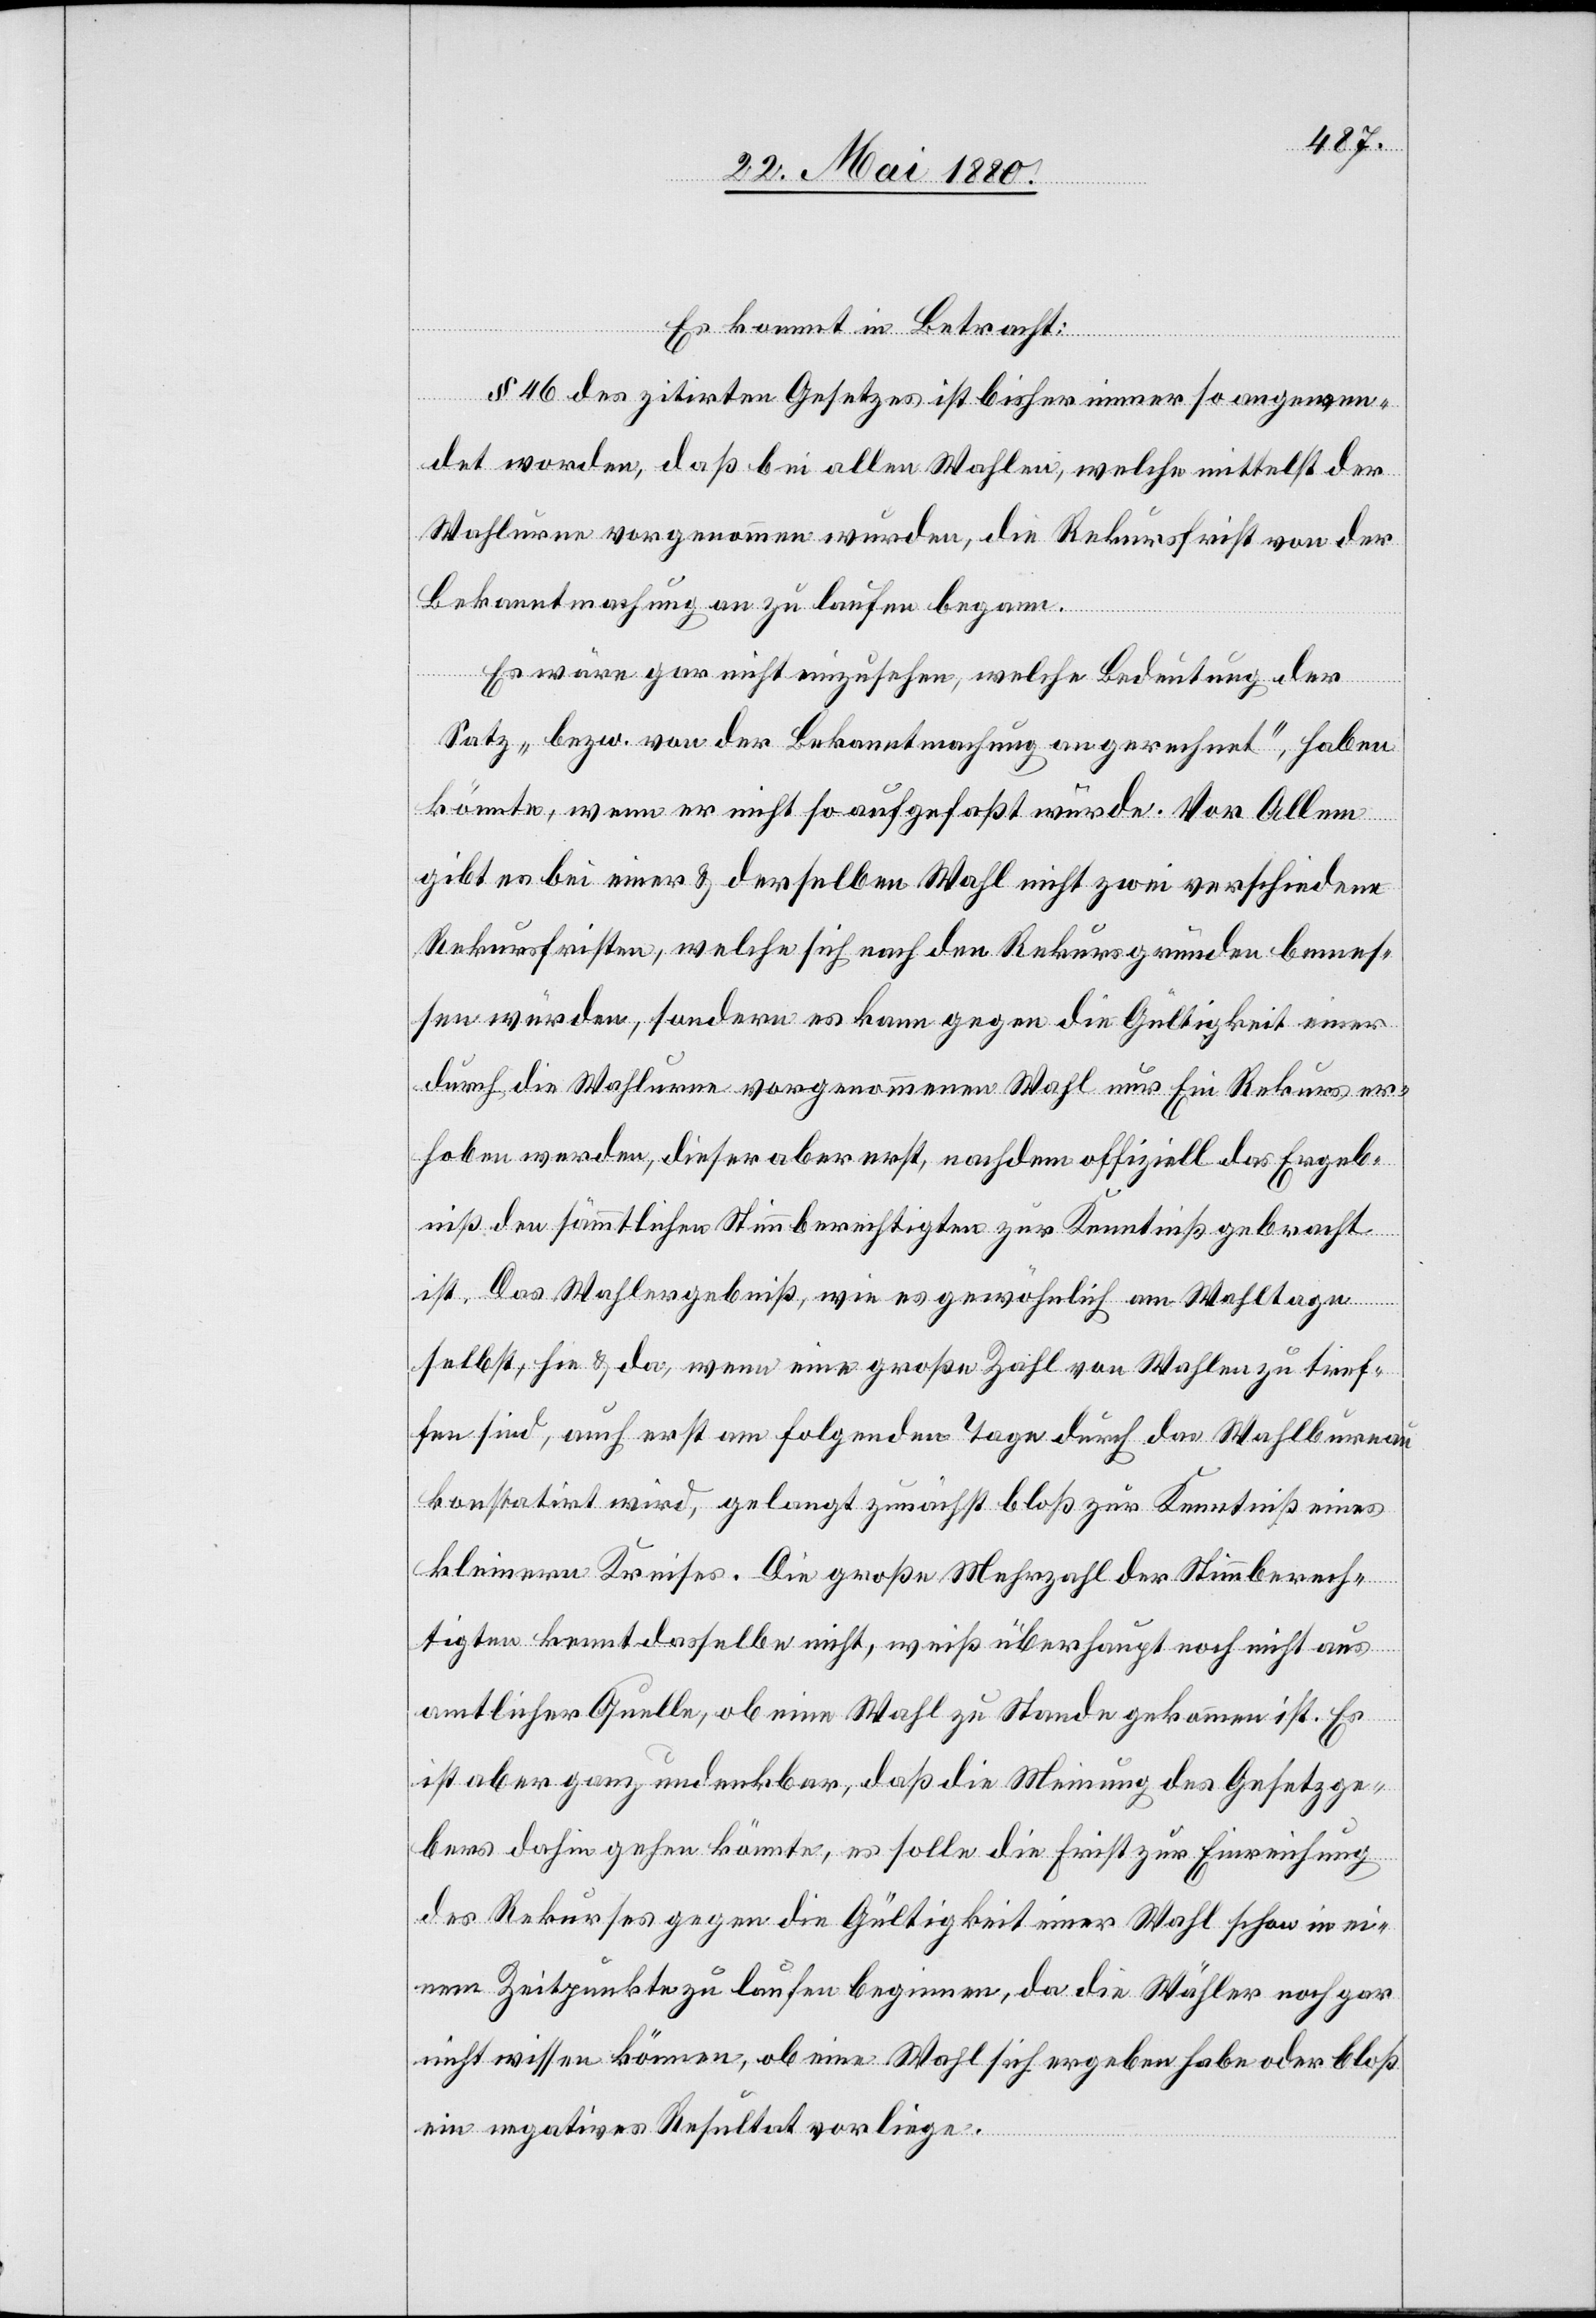
Es kommt in Betracht:
§ 46 des zitirten Gesetzes ist bisher immer so angenom¬
men worden, daß bei allen Wahlen, welche mittelst der
Wahlurne vorgenommen wurden, die Rekursfrist von der
Bekanntmachung an zu laufen begann.
Es wäre gar nicht einzusehen, welche Bedeutung der
Satz „bezw. von der Bekanntmachung an gerechnet“, haben
könnte, wenn er nicht so aufgefaßt würde. Vor Allem
gibt es bei einer & derselben Wahl nicht zwei verschiedene
Rekursfristen, welche sich nach den Rekursgründen bemes¬
sen würden, sondern es kann gegen die Gültigkeit einer
durch die Wahlurne vorgenommenen Wahl nur Ein Rekurs er¬
hoben werden, dieser aber erst, nachdem offiziell das Ergeb¬
niß den sämmtlichen Stimmberechtigten zur Kenntniß gebracht
ist. Das Wahlergebniß, wie es gewöhnlich am Wahltage
selbst, hie & da, wenn eine große Zahl von Wahlen zu tref¬
fen sind, auch erst am folgenden Tage durch das Wahlbureau
konstatirt wird, gelangt zunächst bloß zur Kenntniß eines
kleinern Kreises. Die große Mehrzahl der Stimmberech¬
tigten kennt dasselbe nicht, weiß überhaupt noch nicht aus
amtlicher Quelle, ob eine Wahl zu Stande gekommen ist. Es
ist aber ganz undenkbar, daß die Meinung des Gesetzge¬
bers dahin gehen könnte, es solle die Frist zur Einreichung
des Rekurses gegen die Gültigkeit einer Wahl schon in ei¬
nem Zeitpunkte zu laufen beginnen, da die Wähler noch gar
nicht wissen können, ob eine Wahl sich ergeben habe oder bloß
ein negatives Resultat vorliege.